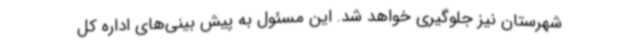
شهرستان نیز جلوگیری خواهد شد. این مسئول به پیش بینی‌های اداره کل